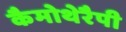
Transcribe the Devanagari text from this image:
कैमोथेरैपी